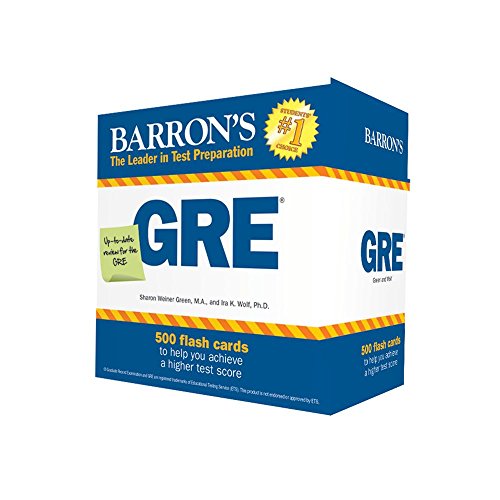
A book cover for Barron's GRE Flash Cards, 3rd Edition: 500 Flash Cards to Help You Achieve a Higher Score; Sharon Weiner Green M.A.; Test Preparation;